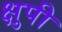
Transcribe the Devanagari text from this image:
क्षुपी